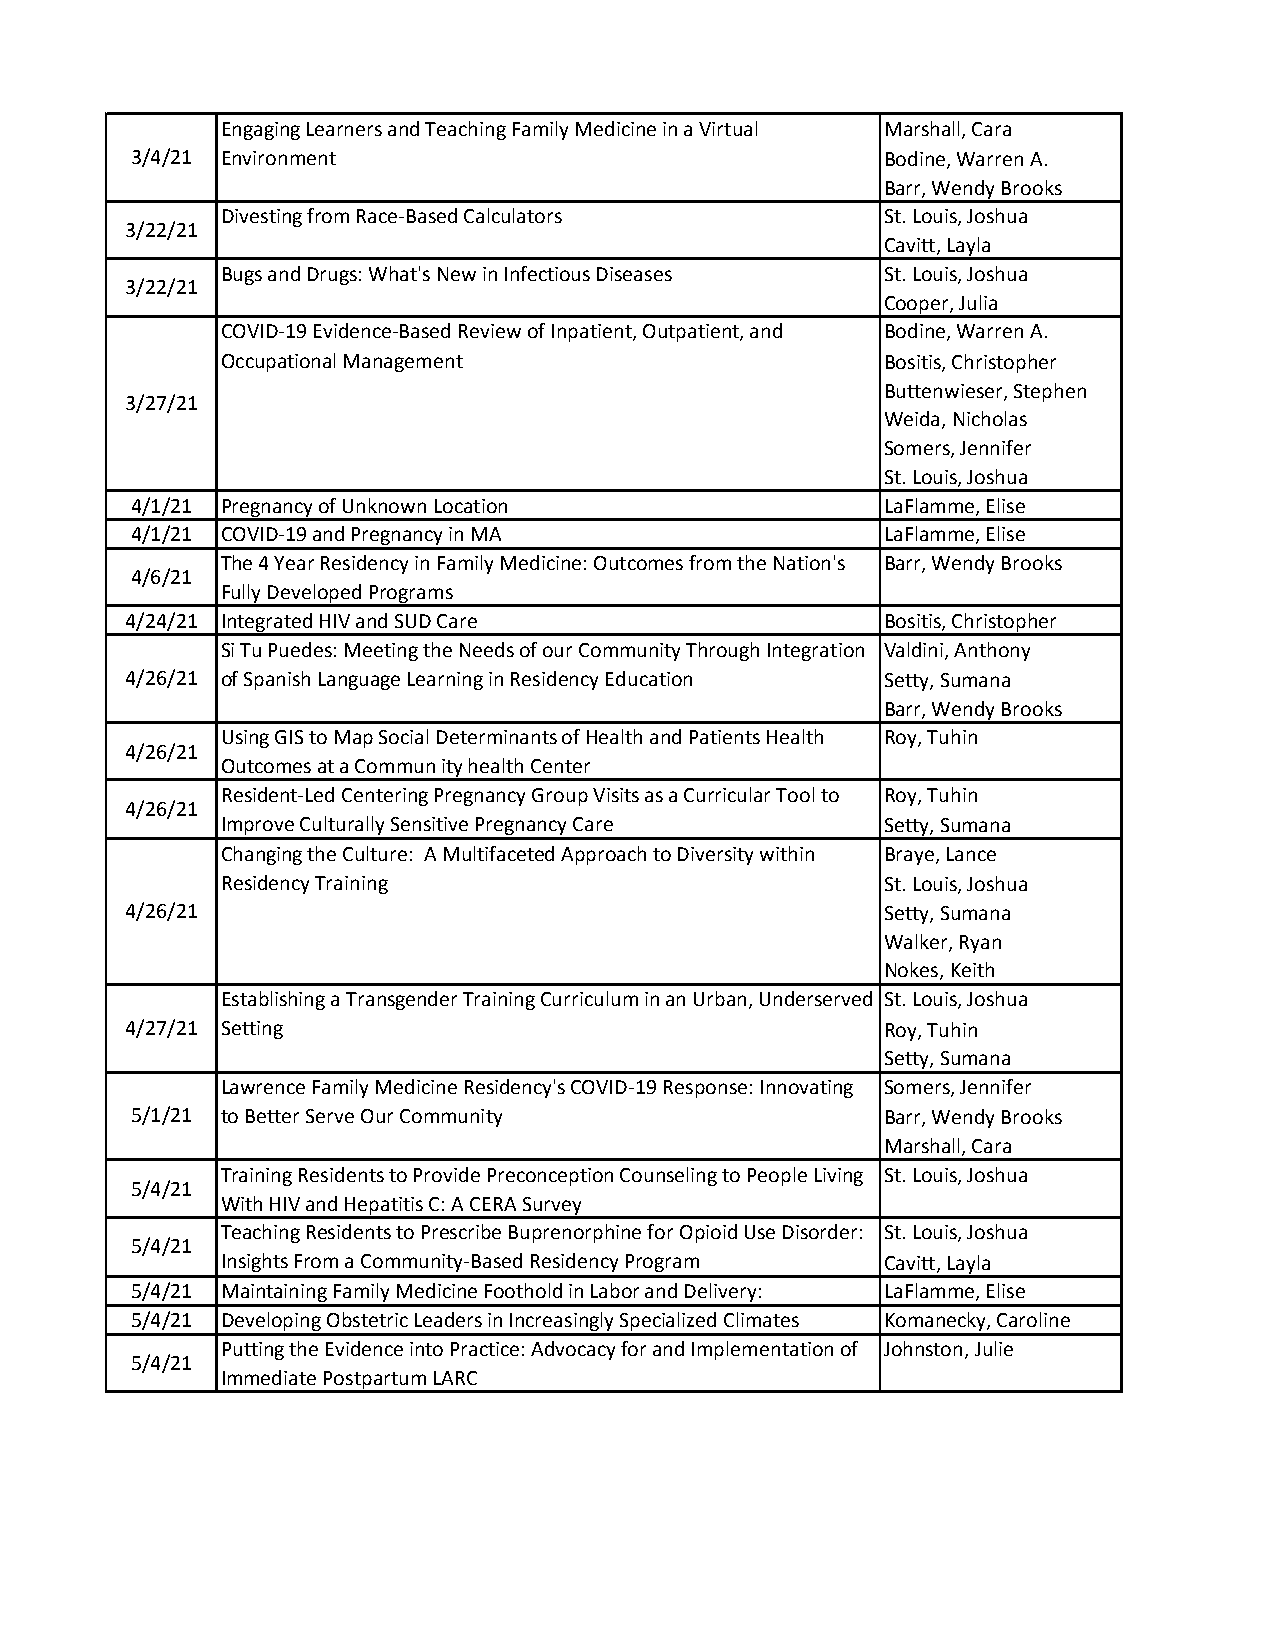
Engaging Learners and Teaching Family Medicine in a Virtual Marshall, Cara
 3/4/21 Environment                                Bodine, Warren A.
 Barr, Wendy Brooks
 Divesting from Race-Based Calculators       St. Louis, Joshua
 3/22/21
 Cavitt, Layla
 Bugs and Drugs: What's New in Infectious Diseases St. Louis, Joshua
 3/22/21
 Cooper, Julia
 COVID-19 Evidence-Based Review of Inpatient, Outpatient, and Bodine, Warren A.
 Occupational Management                     Bositis, Christopher
 Buttenwieser, Stephen
 3/27/21
 Weida, Nicholas
 Somers, Jennifer
 St. Louis, Joshua
 4/1/21 Pregnancy of Unknown Location              LaFlamme, Elise
 4/1/21 COVID-19 and Pregnancy in MA               LaFlamme, Elise
 The 4 Year Residency in Family Medicine: Outcomes from the Nation's Barr, Wendy Brooks
 4/6/21
 Fully Developed Programs
 4/24/21 Integrated HIV and SUD Care                Bositis, Christopher
 Si Tu Puedes: Meeting the Needs of our Community Through Integration Valdini, Anthony
 4/26/21 of Spanish Language Learning in Residency Education Setty, Sumana
 Barr, Wendy Brooks
 Using GIS to Map Social Determinants of Health and Patients Health Roy, Tuhin
 4/26/21
 Outcomes at a Commun ity health Center
 Resident-Led Centering Pregnancy Group Visits as a Curricular Tool to Roy, Tuhin
 4/26/21
 Improve Culturally Sensitive Pregnancy Care Setty, Sumana
 Changing the Culture: A Multifaceted Approach to Diversity within Braye, Lance
 Residency Training                          St. Louis, Joshua
 4/26/21                                            Setty, Sumana
 Walker, Ryan
 Nokes, Keith
 Establishing a Transgender Training Curriculum in an Urban, Underserved St. Louis, Joshua
 4/27/21 Setting                                    Roy, Tuhin
 Setty, Sumana
 Lawrence Family Medicine Residency's COVID-19 Response: Innovating Somers, Jennifer
 5/1/21 to Better Serve Our Community              Barr, Wendy Brooks
 Marshall, Cara
 Training Residents to Provide Preconception Counseling to People Living St. Louis, Joshua
 5/4/21
 With HIV and Hepatitis C: A CERA Survey
 Teaching Residents to Prescribe Buprenorphine for Opioid Use Disorder: St. Louis, Joshua
 5/4/21
 Insights From a Community-Based Residency Program Cavitt, Layla
 5/4/21 Maintaining Family Medicine Foothold in Labor and Delivery: LaFlamme, Elise
 5/4/21 Developing Obstetric Leaders in Increasingly Specialized Climates Komanecky, Caroline
 Putting the Evidence into Practice: Advocacy for and Implementation of Johnston, Julie
 5/4/21
 Immediate Postpartum LARC